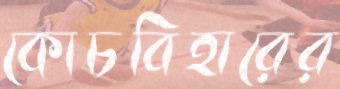
কোচবিহারের